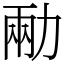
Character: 㔝